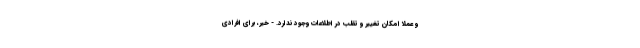
و عملا امکان تغییر و تقلب در اطلاعات وجود ندارد. - خیر، برای افرادی